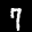
Label: 7